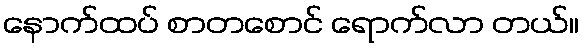
နောက်ထပ် စာတစောင် ရောက်လာ တယ်။